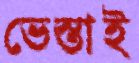
ভেস্তাই